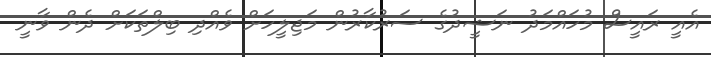
އެއީ ރައީސް މުހައްމަދު ނަޝީދުގެ ސަރުކާރުން މަޖިލީހަށް ވެއްދި ބިލްތަކަށް ދެން ވާނީ